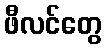
ဖီလင်တွေ